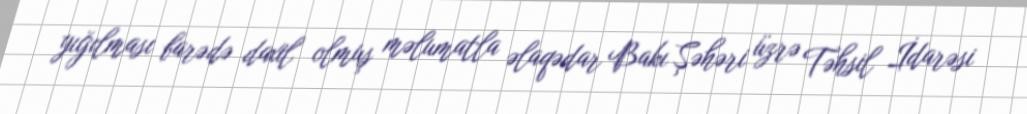
yığılması barədə daxil olmuş məlumatla əlaqədar Bakı Şəhəri üzrə Təhsil İdarəsi